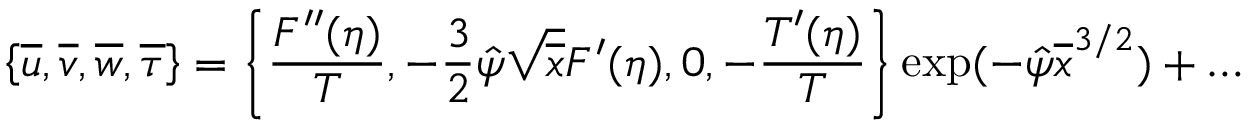
\left\lbrace \overline { { u } } , \overline { { v } } , \overline { { w } } , \overline { { \tau } } \right\rbrace = \left\lbrace \frac { F ^ { \prime \prime } ( \eta ) } { T } , - \frac { 3 } { 2 } \hat { \psi } \sqrt { \overline { { x } } } F ^ { \prime } ( \eta ) , 0 , - \frac { T ^ { \prime } ( \eta ) } { T } \right\rbrace \exp ( - \hat { \psi } \overline { { x } } ^ { 3 / 2 } ) + \ldots